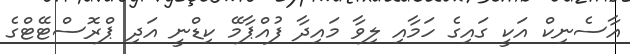
އާސެނިކް އަކީ ގައިގެ ހަމާއި ލިވާ މައިދާ ފުއްޕާމޭ ކިޑްނީ އަދި ޕްރޮސްޓޭޓްގެ